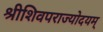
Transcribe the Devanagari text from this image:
श्रीशिवपराज्योदयम्